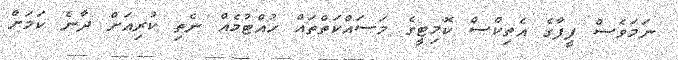
ނަމަވެސް ފީފާގެ އެތިކްސް ކޮމިޓީގެ މަސައްކަތްތައް ހުއްޓުމެއް ނެތި ކުރިއަށް ދާނެ ކަމަށް